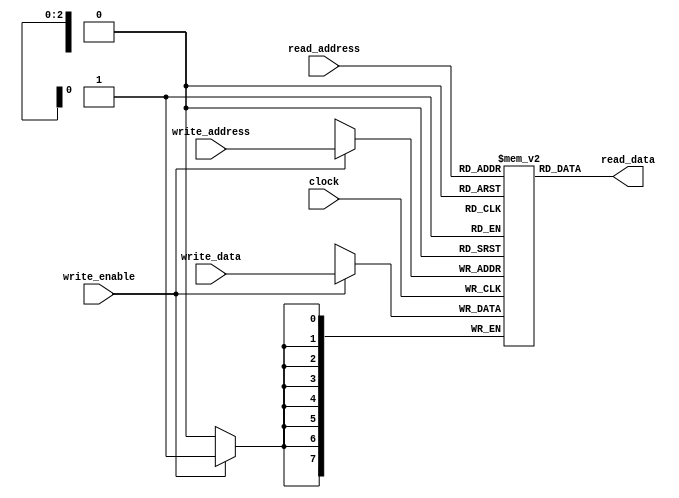
// This program was cloned from: https://github.com/FPGADude/Digital-Design
// License: GNU General Public License v3.0


module reg_file_p #(parameter ADDR_WIDTH = 3,
							  DATA_WIDTH = 8)
(
	input 					clock,
	input 					write_enable,
	input  [ADDR_WIDTH-1:0] write_address,
	input  [ADDR_WIDTH-1:0] read_address,
	input  [DATA_WIDTH-1:0] write_data,
	output [DATA_WIDTH-1:0] read_data
);

	reg [DATA_WIDTH-1:0] reg_file [2**ADDR_WIDTH-1:0];

	always @(posedge clock)
		if(write_enable)
			reg_file[write_address] <= write_data;

	assign read_data = reg_file[read_address];

endmodule